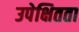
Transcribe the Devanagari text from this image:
उपेक्षितता